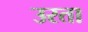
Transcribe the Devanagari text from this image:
उरता